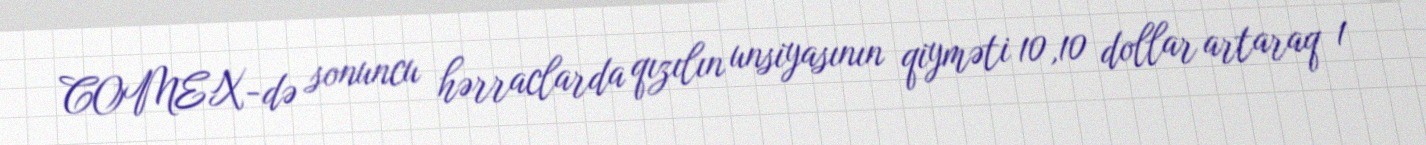
COMEX-də sonuncu hərraclarda qızılın unsiyasının qiyməti 10,10 dollar artaraq 1